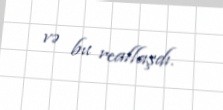
və bu reallaşdı.